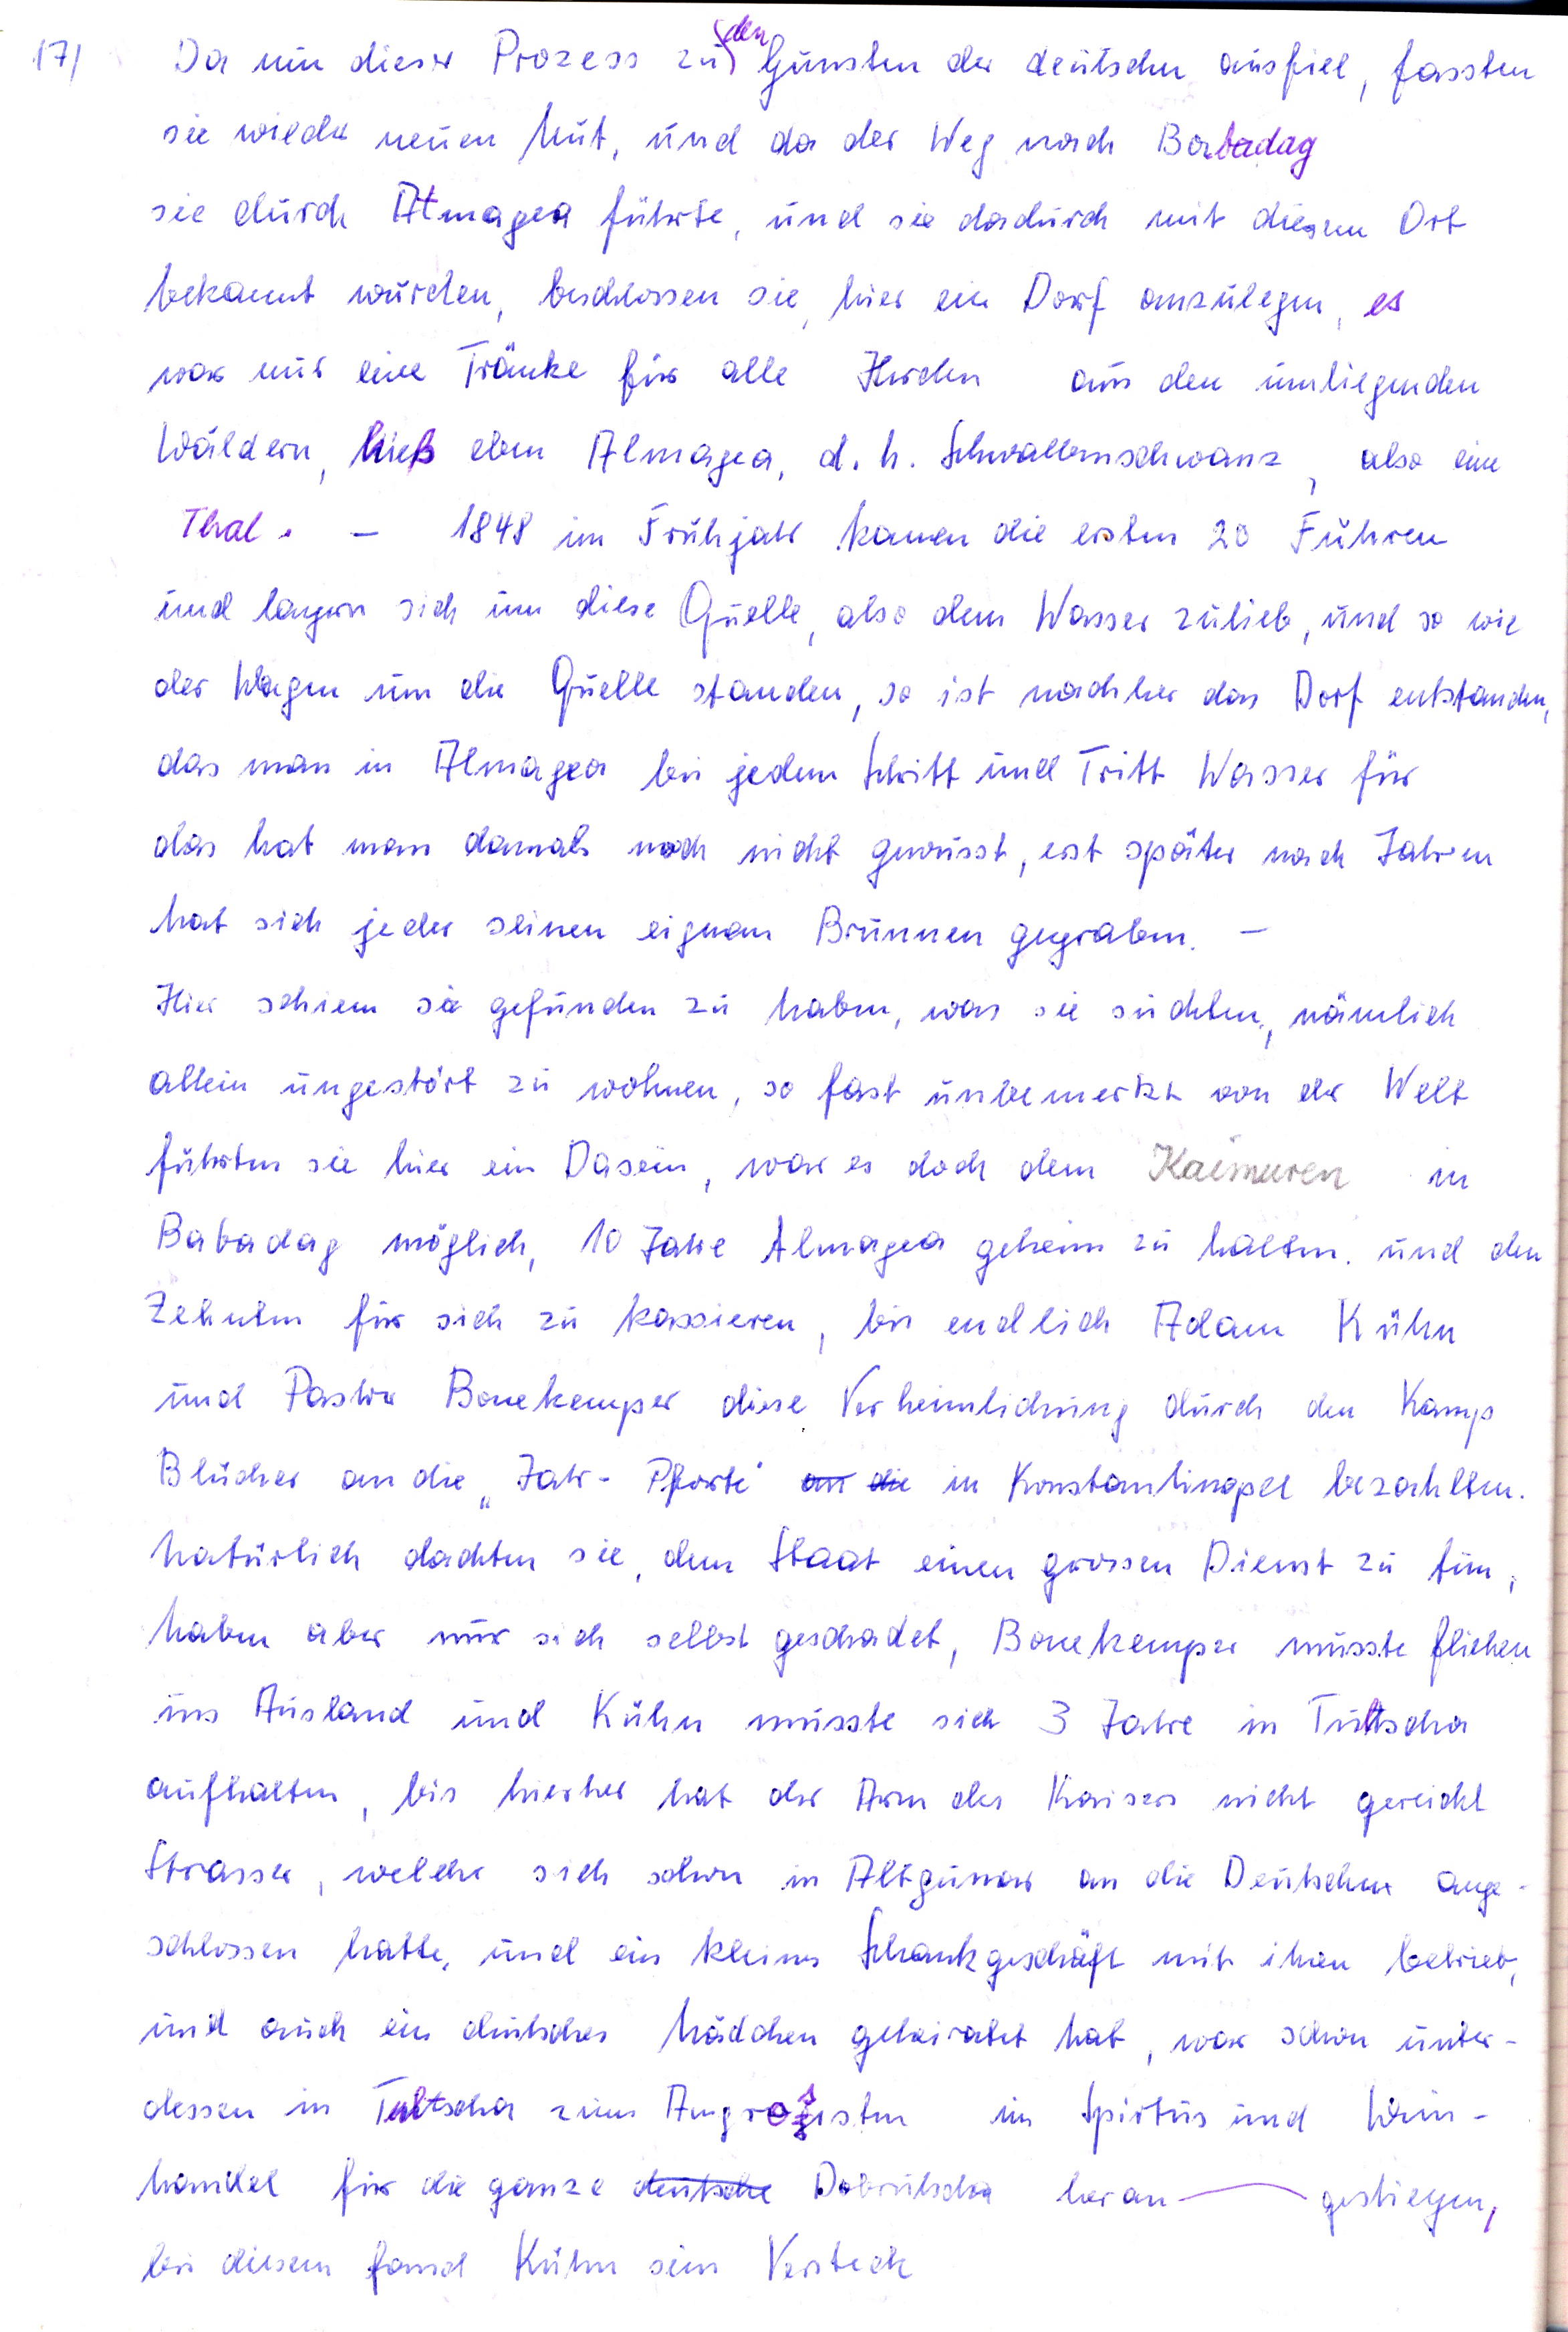
17)

Ja nm dieser Prozess zu  Gunsten der deutschen ausfiel, fassten
sie wilder neuen Mut, und da der Weg nach Berbadag
sie durch Atmagea führte und sie dadurch mit diesem Ort
bekannt wurden beschlossen sie hier ein Dorf anzulegen es
war nur eine Tränke für alle Herden, aus den unliegenden
Wäldern Mieß eben Almagea, d.h. Schwalbschwanz, also eine
Thal
1848 im Fruhjahr kamen die ersten 20 Führen
und lagen sich um diese Quelle also dem Wasser zulieb, und so wie
der Wagen um die Quelle standen, so ist nachher das Dorf entstanden
das man in Almagea bei jedem Schritt und Tritt Wasser für
das hat man damals noch nicht gewusst, erst später nach Jahrin
Mat sich jeder seinen eignem Brunnen gegraben.
Hier schiem si gefunden zu haben, was sie suchten, nämlich
allein ungestört zu wöhnen, so fast unbemerkt von der Well
führten sie hier ein Dasein war es doch dem Kaumeren in
Babadag möglich, 10 Jatre Almagea geheim zu halten, und den
Zehnten für sich zu kassieren bis endlich Adam Rühn
und Fastre Bonekemper diese Verheimlichung durch den Kamp
Blücher an die Jahr- Pforte an die in Konstanlinopel bezahlten.
Natürlich dachten sie, dem Staat einen grossen Dienst zu fün
haben aber nur sich selbst geschadet Bonekemper musste fliehen
ins Ausland und Kuhn musste sich 3 Jahre in Tuttscha
aufhalten bis hierher hat der Arm des Kaisers nicht gereicht
Strasser welehr sich schon in Altgunar an die Deutscher ange¬
schlossen hatte und ein kleines Schankgeschäft mit ihnen betrieb
und auch ein deutsches Mäcchen geleiatet hat war schon unter¬
dessen in Taltscha zum Augrogisten im Spirtus und Wan¬
Mandel für die ganze deutsche Dobrutscha, heran¬
gestiegen,
bis diesem fand Kühn sein Versteck